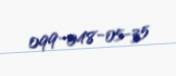
099-048-05-35